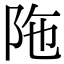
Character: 陁